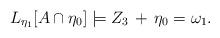
LaTeX: \begin{align*}L_{\eta_1}[A\cap\eta_0]\models Z_3\, + \,\eta_0=\omega_1.\end{align*}